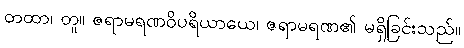
တထာ၊ တူ။ ဇရာမရဏဝိပရိယာယေ၊ ဇရာမရဏ၏ မရှိခြင်းသည်။